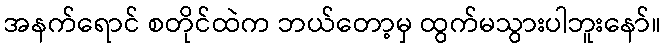
အနက်ရောင် စတိုင်ထဲက ဘယ်တော့မှ ထွက်မသွားပါဘူးနော်။